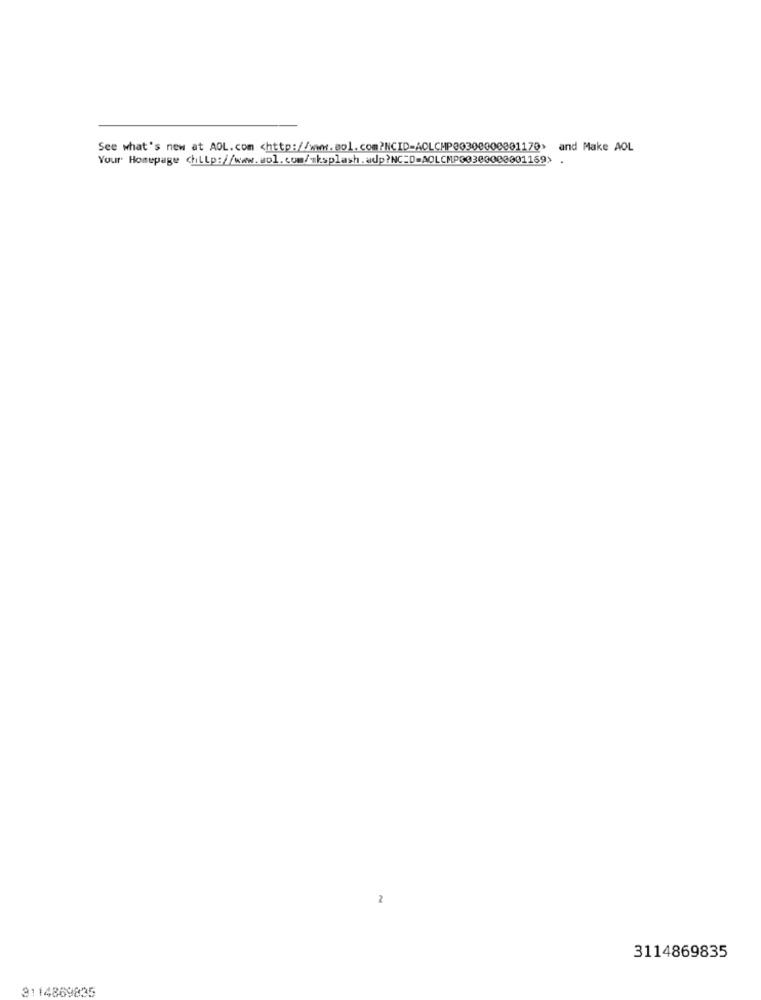
See what's new at AOL.com <http://www.mol.com?NCID-ACLCHP00300000801170> and Make AOL
Your Homepage chttp://www.aol.com/nksplash.udp?NC=D=AOLCMP00300008001169>
2
3114869835
3114869835